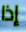
إذا